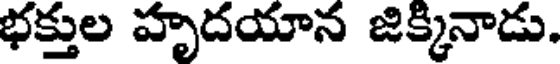
భక్తుల హృదయాన జిక్కినాడు.